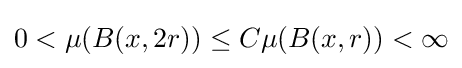
0<\mu (B(x,2r))\leq C\mu (B(x,r))<\infty